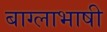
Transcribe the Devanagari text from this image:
बाग्लाभाषी